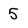
Character: 5